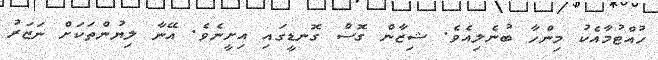
ހުއްޓުމާއެކު މިންހާ ބުނެލިއެވެ. ޝިޒާން ގޮސް ގޮނޑީގައި އިށީނެވެ. އޭނާ ލިޔުންތަކަށް ނަޒަރު